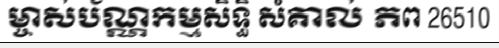
ម្ចាស់ប័ណ្ណកម្មសិទ្ធិ សំគាល់ ភព 26510